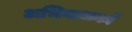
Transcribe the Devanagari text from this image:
अभियाजकों